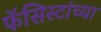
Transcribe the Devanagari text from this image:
फॅसिस्टांच्या